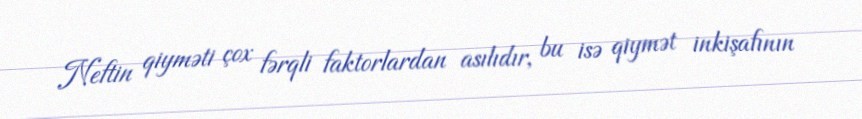
Neftin qiyməti çox fərqli faktorlardan asılıdır, bu isə qiymət inkişafının